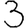
Digit: 3